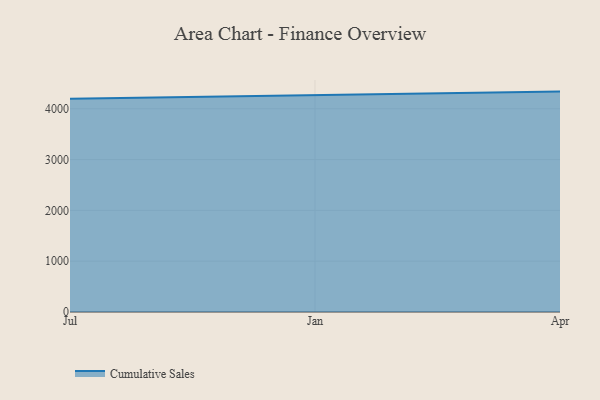
{"axis": {"x": "Month", "y": "Waste Production (Tons)"}, "legend": ["Cumulative Sales"], "data": [{"x": "Jul", "y": 4198.6, "type": "Cumulative Sales"}, {"x": "Jan", "y": 4266.2, "type": "Cumulative Sales"}, {"x": "Apr", "y": 4337.0, "type": "Cumulative Sales"}]}